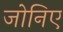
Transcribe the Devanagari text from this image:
जोनिए